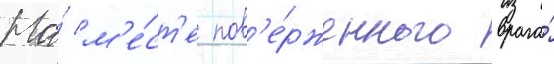
На́ м'е́ст'е пов'е́рженного врага́